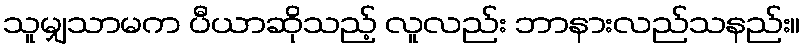
သူမျှသာမက ပီယာဆိုသည့် လူလည်း ဘာနားလည်သနည်း။